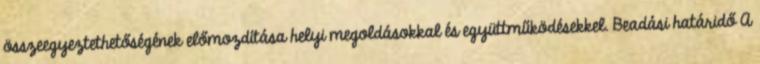
összeegyeztethetőségének előmozdítása helyi megoldásokkal és együttműködésekkel. Beadási határidő A